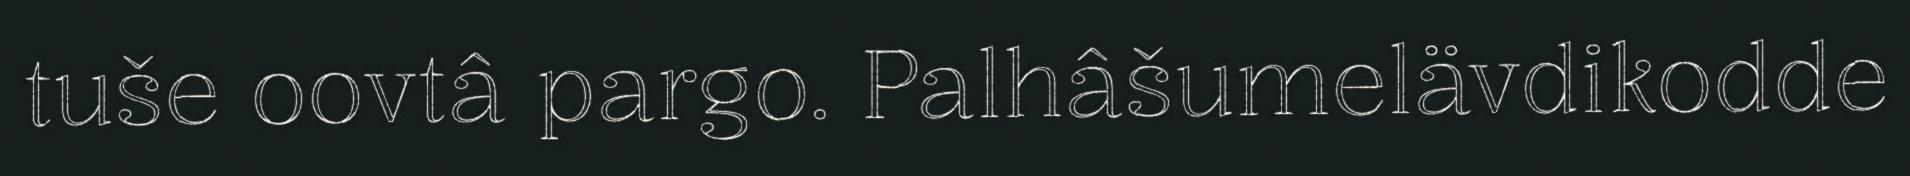
tuše oovtâ pargo. Palhâšumelävdikodde